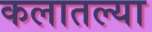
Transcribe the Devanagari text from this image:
कलातल्या